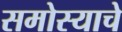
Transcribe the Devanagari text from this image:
समोस्याचे